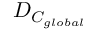
D _ { C _ { g l o b a l } }